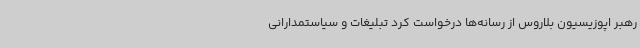
رهبر اپوزیسیون بلاروس از رسانه‌ها درخواست کرد تبلیغات و سیاستمدارانی